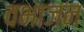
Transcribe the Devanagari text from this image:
वभाजन